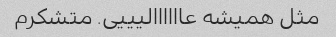
مثل همیشه عاااااالیییی. متشکرم